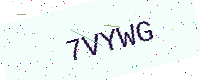
Text: 7VYWG